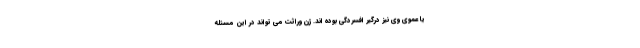
یا عموی وی نیز درگیر افسردگی بوده اند. ژن وراثت می تواند در این مسئله